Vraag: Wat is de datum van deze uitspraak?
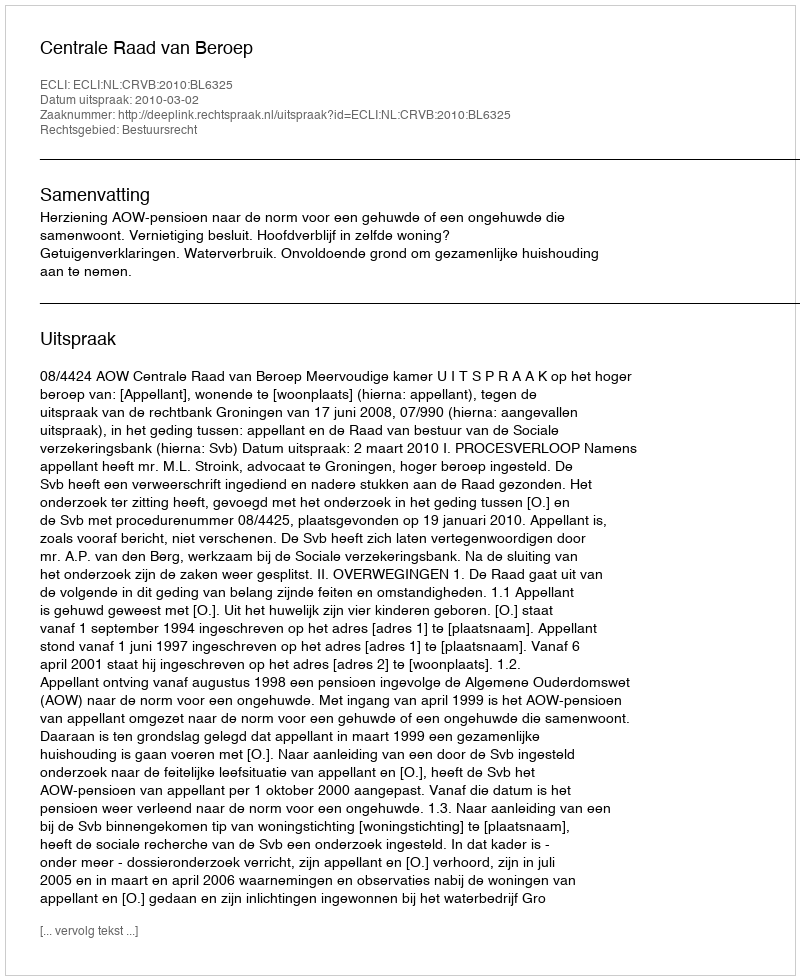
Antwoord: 2010-03-02